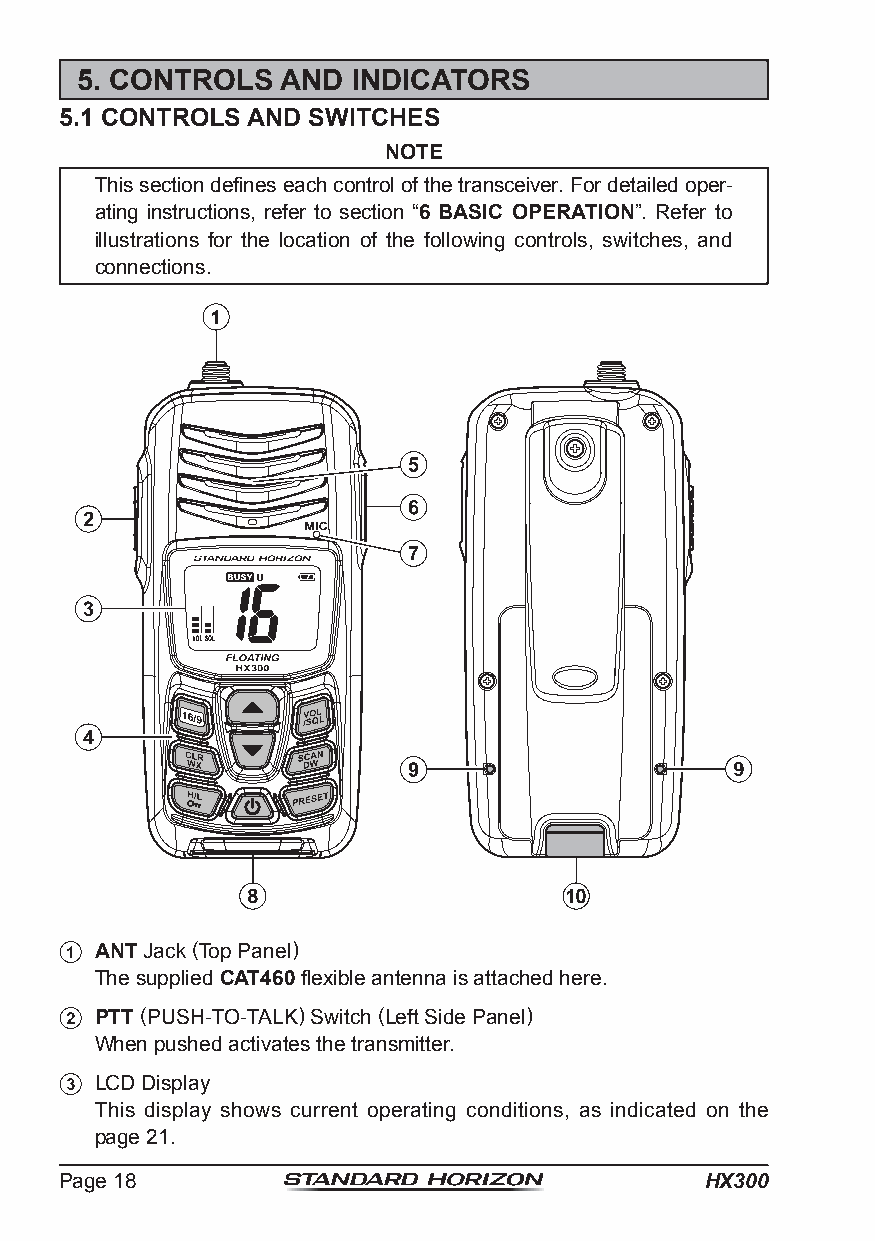
5. CONTROLS   AND INDICATORS
 5.1 CONTROLS AND SWITCHES
 NOTE
 This section defines each control of the transceiver. For detailed oper-
 ating instructions, refer to section “6 BASIC OPERATION”. Refer to
 illustrations for the location of the following controls, switches, and
 connections.
 ANT Jack (Top Panel)
 The supplied CAT460 flexible antenna is attached here.
 PTT (PUSH-TO-TALK) Switch (Left Side Panel)
 When pushed activates the transmitter.
 LCD Display
 This display shows current operating conditions, as indicated on the
 page 21.
 Page 18                                    HX300